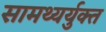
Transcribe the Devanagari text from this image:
सामथ्यर्युक्त